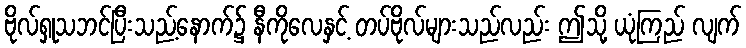
ဗိုလ်ရှုသဘင်ပြီးသည့်နောက်၌ နီကိုလေနှင့် တပ်ဗိုလ်များသည်လည်း ဤသို့ ယုံကြည် လျက်